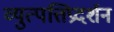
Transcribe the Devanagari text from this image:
व्युत्पत्तिप्रदर्शन